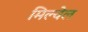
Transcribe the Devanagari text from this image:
मिल्वेल